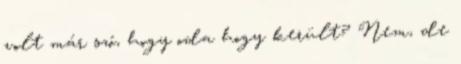
volt már szó, hogy oda hogy került? Nem, de